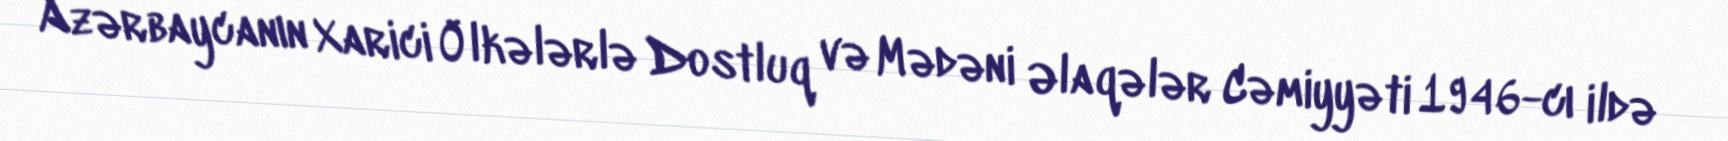
Azərbaycanın Xarici Ölkələrlə Dostluq və Mədəni Əlaqələr Cəmiyyəti 1946-cı ildə